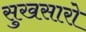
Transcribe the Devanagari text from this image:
सुखसारो